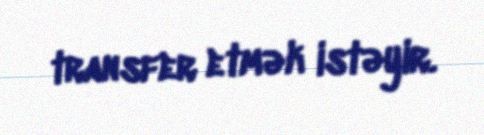
transfer etmək istəyir.